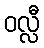
ဝလ္လီ